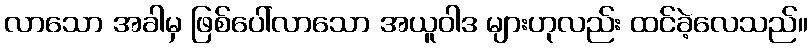
လာသော အခါမှ ဖြစ်ပေါ်လာသော အယူဝါဒ များဟုလည်း ထင်ခဲ့လေသည်။